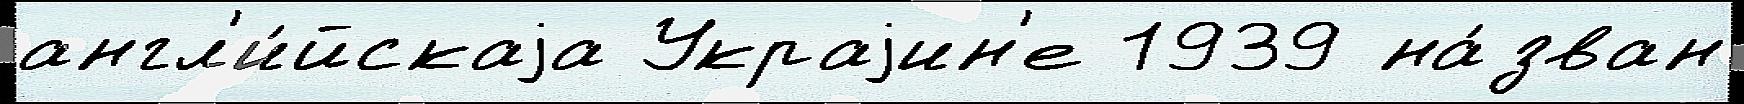
англ'и́йскаjа Украjин'е 1939 на́зван